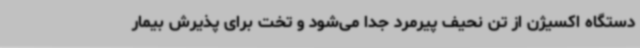
دستگاه اکسیژن از تن نحیف پیرمرد جدا می‌شود و تخت برای پذیرش بیمار